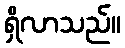
ရှိလာသည်။